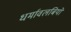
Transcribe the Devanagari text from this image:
धर्मावलबियों